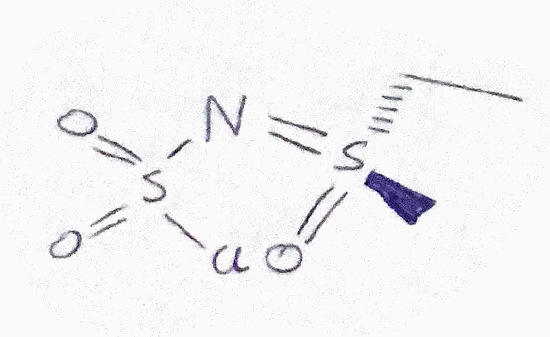
Simplified molecular-input line-entry system (SMILES) notation of the given molecule:
CC[S@@](=NS(=O)(=O)Cl)(=O)C